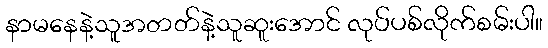
နာမနေနဲ့သူအတတ်နဲ့သူဆူးအောင် လုပ်ပစ်လိုက်စမ်းပါ။